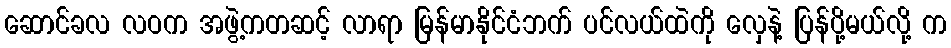
ဆောင်ခလ လဝက အဖွဲ့ကတဆင့် လာရာ မြန်မာနိုင်ငံဘက် ပင်လယ်ထဲကို လှေနဲ့ ပြန်ပို့မယ်လို့ က